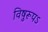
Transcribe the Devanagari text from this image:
विषुरूपऽ